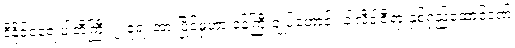
ဒီနိုင်ငံရေးပါတီကြီး ၂ ခုရဲ့ အားပြိုင်မှုဟာ ဝန်ကြီးချုပ်ဟောင်း ခါလီဒါဇီရာ နှစ်ရှည်ထောင်ဒဏ်